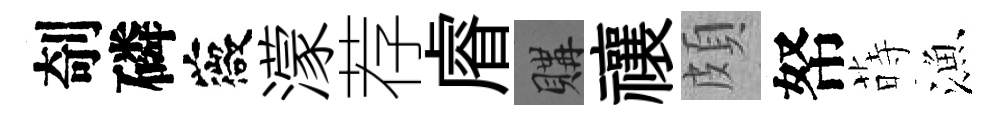
剞磷薇濛荐𥈠購禳頗帑蒔漁